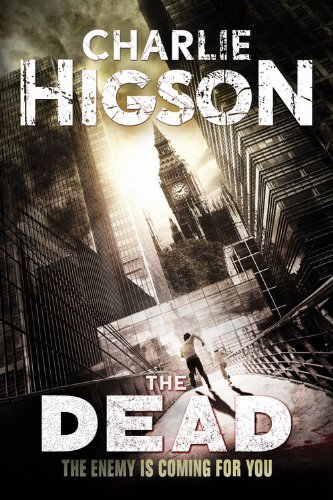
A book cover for The Dead (new cover) (An Enemy Novel); Charlie Higson; Teen & Young Adult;